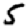
Digit: 5